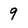
Character: 9